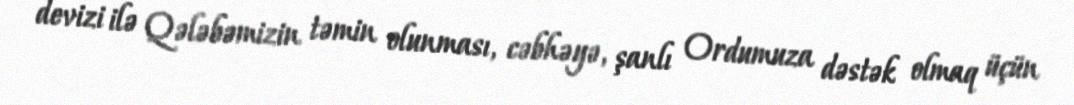
devizi ilə Qələbəmizin təmin olunması, cəbhəyə, şanlı Ordumuza dəstək olmaq üçün